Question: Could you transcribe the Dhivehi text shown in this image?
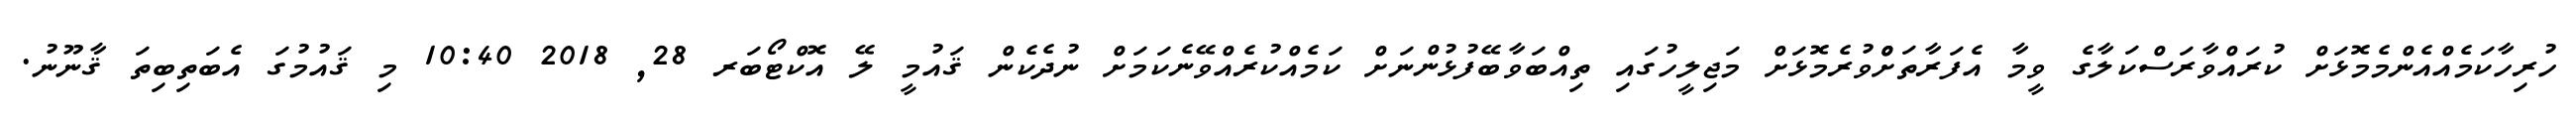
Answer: ހުރިހާކަމެއްއެންމެމޮޅަށް ކުރައްވާރަސްކަލާގެ ވީމާ އެފަރާތަށްްވުރެމޮޅަށް މަޖިލީހުގައި ތިއްބަވާބޭފުޅުންނަށް ކަމެއްކުރެއްވޭނެކަމަށް ނުދެކެން ޤައުމީ ލޭ އޮކްޓޯބަރ 28, 2018 10:40 މި ޤައުމުގަ އެބަތިބިތަ ޤާނޫނު.